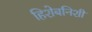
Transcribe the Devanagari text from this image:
हिशेबनिशी